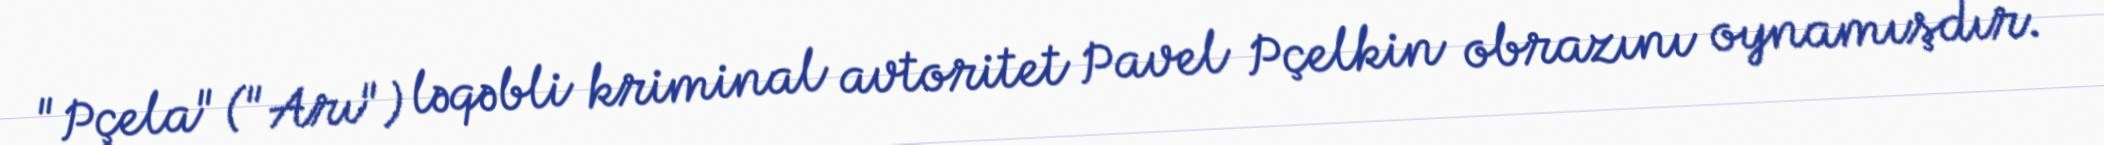
"Pçela" ("Arı") ləqəbli kriminal avtoritet Pavel Pçelkin obrazını oynamışdır.